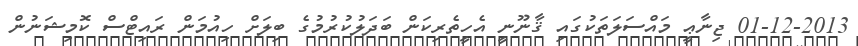
01-12-2013 ޖިނާޢީ މައްސަލަތަކުގައި ޤާނޫނީ އެހީތެރިކަން ބަދަލުކުރުމުގެ ބިލަށް ހިއުމަން ރައިޓްސް ކޮމިޝަނުން